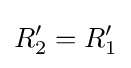
R_{2}'=R_{1}'